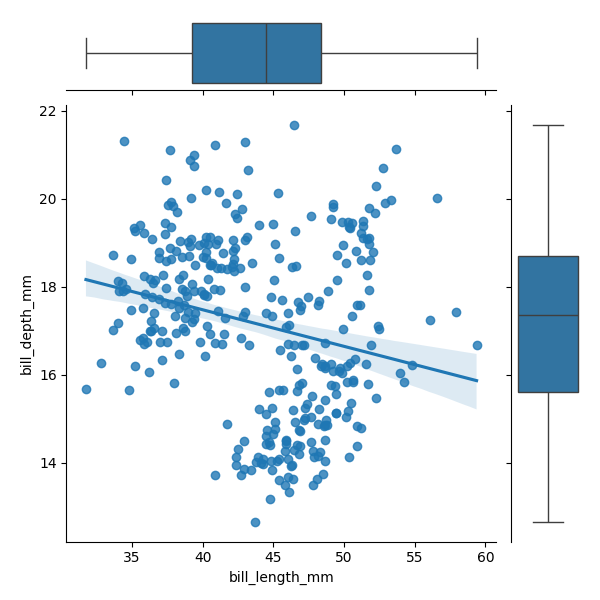
python, seaborn, JointGrid, regplot, boxplot